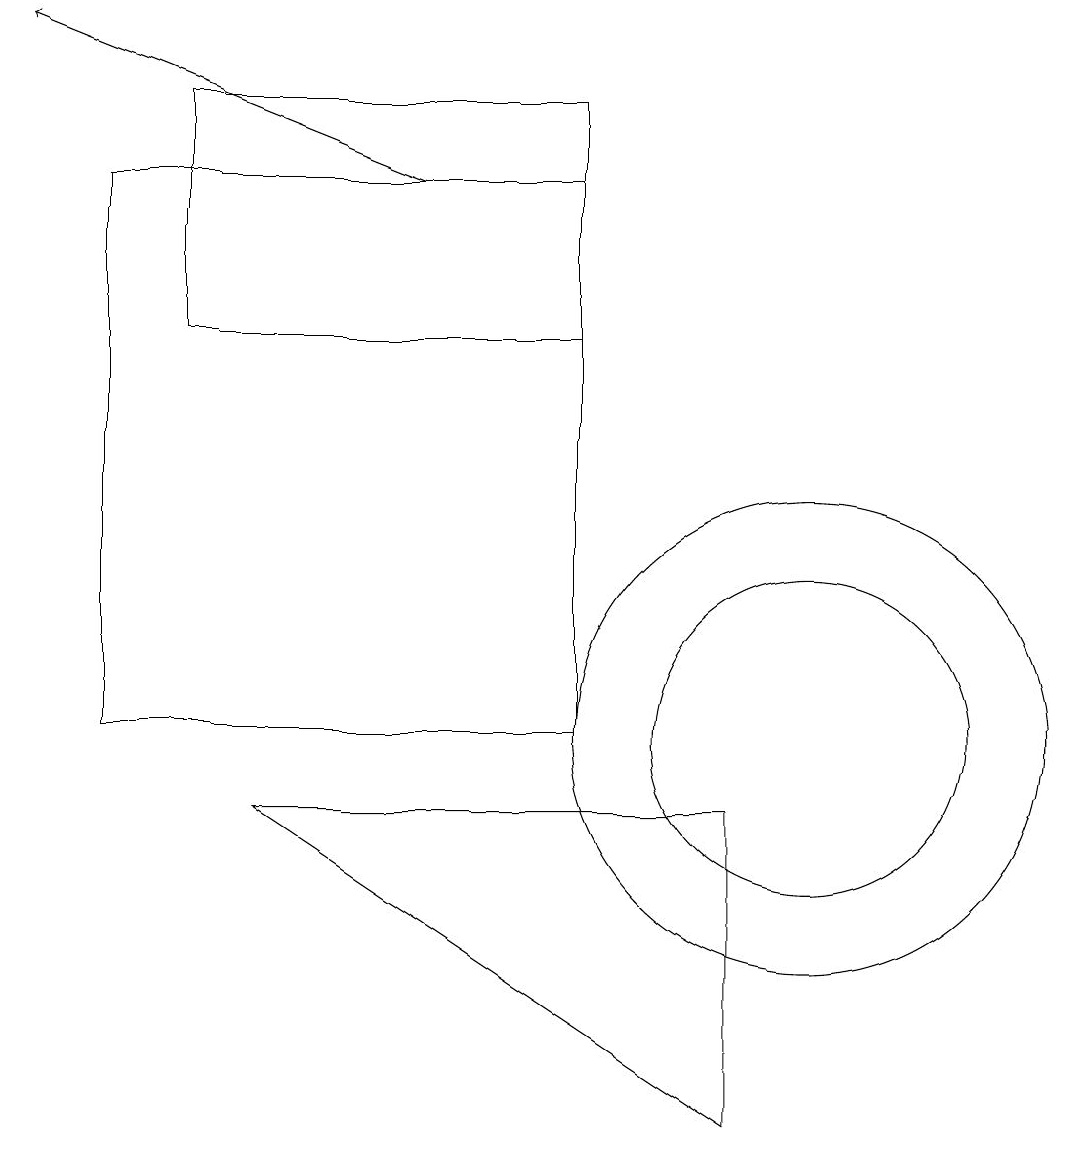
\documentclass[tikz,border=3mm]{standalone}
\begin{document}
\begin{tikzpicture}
\draw (10,10) circle (3);
\draw (3,9) -- (9,9) -- (9,5) -- cycle;
\draw (10,10) circle (2);
\draw[->] (5,17) -- (0,19);
\draw (7,17) rectangle (1,10);
\draw (7,18) rectangle (2,15);
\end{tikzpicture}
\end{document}